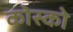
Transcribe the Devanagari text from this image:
कोस्को